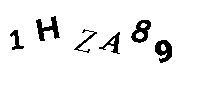
1HZA89